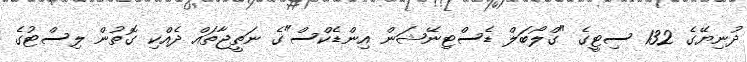
ދުނިޔޭގެ 132 ސިޓީގެ "ގްލޯބަލް ޑެސްޓިނޭޝަން އިންޑެކްސް"ގެ ނަތީޖާތައް ދެއްކި ގޮތުން ލިސްޓުގެ